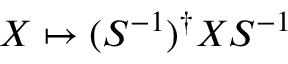
X \mapsto ( S ^ { - 1 } ) ^ { \dagger } X S ^ { - 1 }